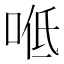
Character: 𠴓